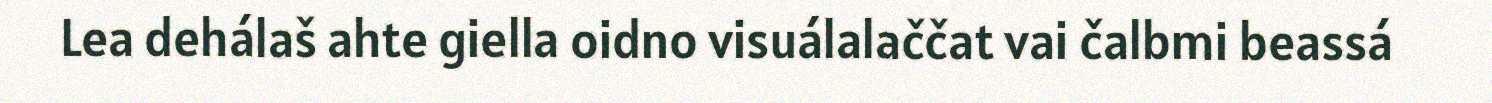
Lea dehálaš ahte giella oidno visuálalaččat vai čalbmi beassá